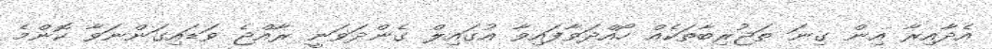
އެދާއިރާ އިން ގިނަ ތަޖުރިބާތަކެއް ހޯއްދަވާފައިވާ އުގައިލް ގެންދަވަނީ ރާއްޖެ ވަޑައިގަންނަވާ ކޮންމެ